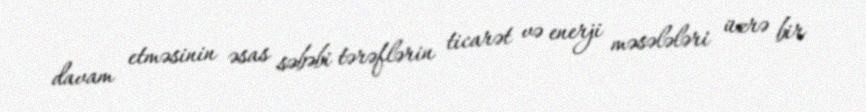
davam etməsinin əsas səbəbi tərəflərin ticarət və enerji məsələləri üzrə bir